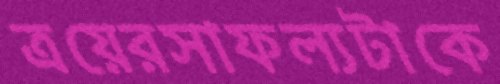
ত্রয়েরসাফল্যটাকে